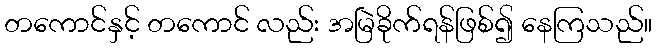
တကောင်နှင့် တကောင် လည်း အမြဲခိုက်ရန်ဖြစ်၍ နေကြသည်။